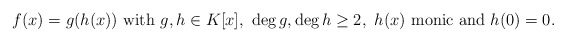
\begin{align*}f(x)=g(h(x))\ \textnormal{with}\ g, h\in K[x], \ \deg g, \deg h \geq 2,\ h(x) \ \textnormal{monic and} \ h(0)=0. \end{align*}